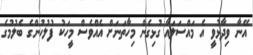
އޭނާ ވިދާޅުވީ އެ މައްސަލައާ ގުޅިގެން މިހާތަނަށް އެއްވެސް މީހަކު ފުލުހުންގެ ބެލުމުގެ